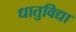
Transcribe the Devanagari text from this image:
धातुविद्या